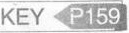
KEY P159